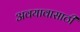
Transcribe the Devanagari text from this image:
अवयावासाठी